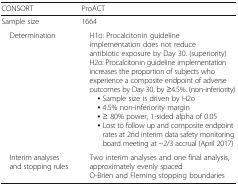
<table><thead><tr><td><b>CONSORT</b></td><td><b>ProACT</b></td></tr></thead><tbody><tr><td>Sample size</td><td>1664</td></tr><tr><td> Determination</td><td> H1o: Procalcitonin guideline implementation does not reduce antibiotic exposure by Day 30. (superiority) H2o: Procalcitonin guideline implementation increases the proportion of subjects who experience a composite endpoint of adverse outcomes by Day 30, by ≥4.5%. (non-inferiority)▪ Sample size is driven by H2o▪ 4.5% non-inferiority margin▪ ≥ 80% power, 1-sided alpha of 0.05▪ Lost to follow up and composite endpoint rates at 2nd interim data safety monitoring board meeting at ~2/3 accrual (April 2017)</td></tr><tr><td> Interim analyses and stopping rules</td><td> Two interim analyses and one final analysis, approximately evenly spaced O-Brien and Fleming stopping boundaries</td></tr></tbody></table>